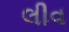
લીવ